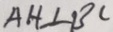
A H \bot B C